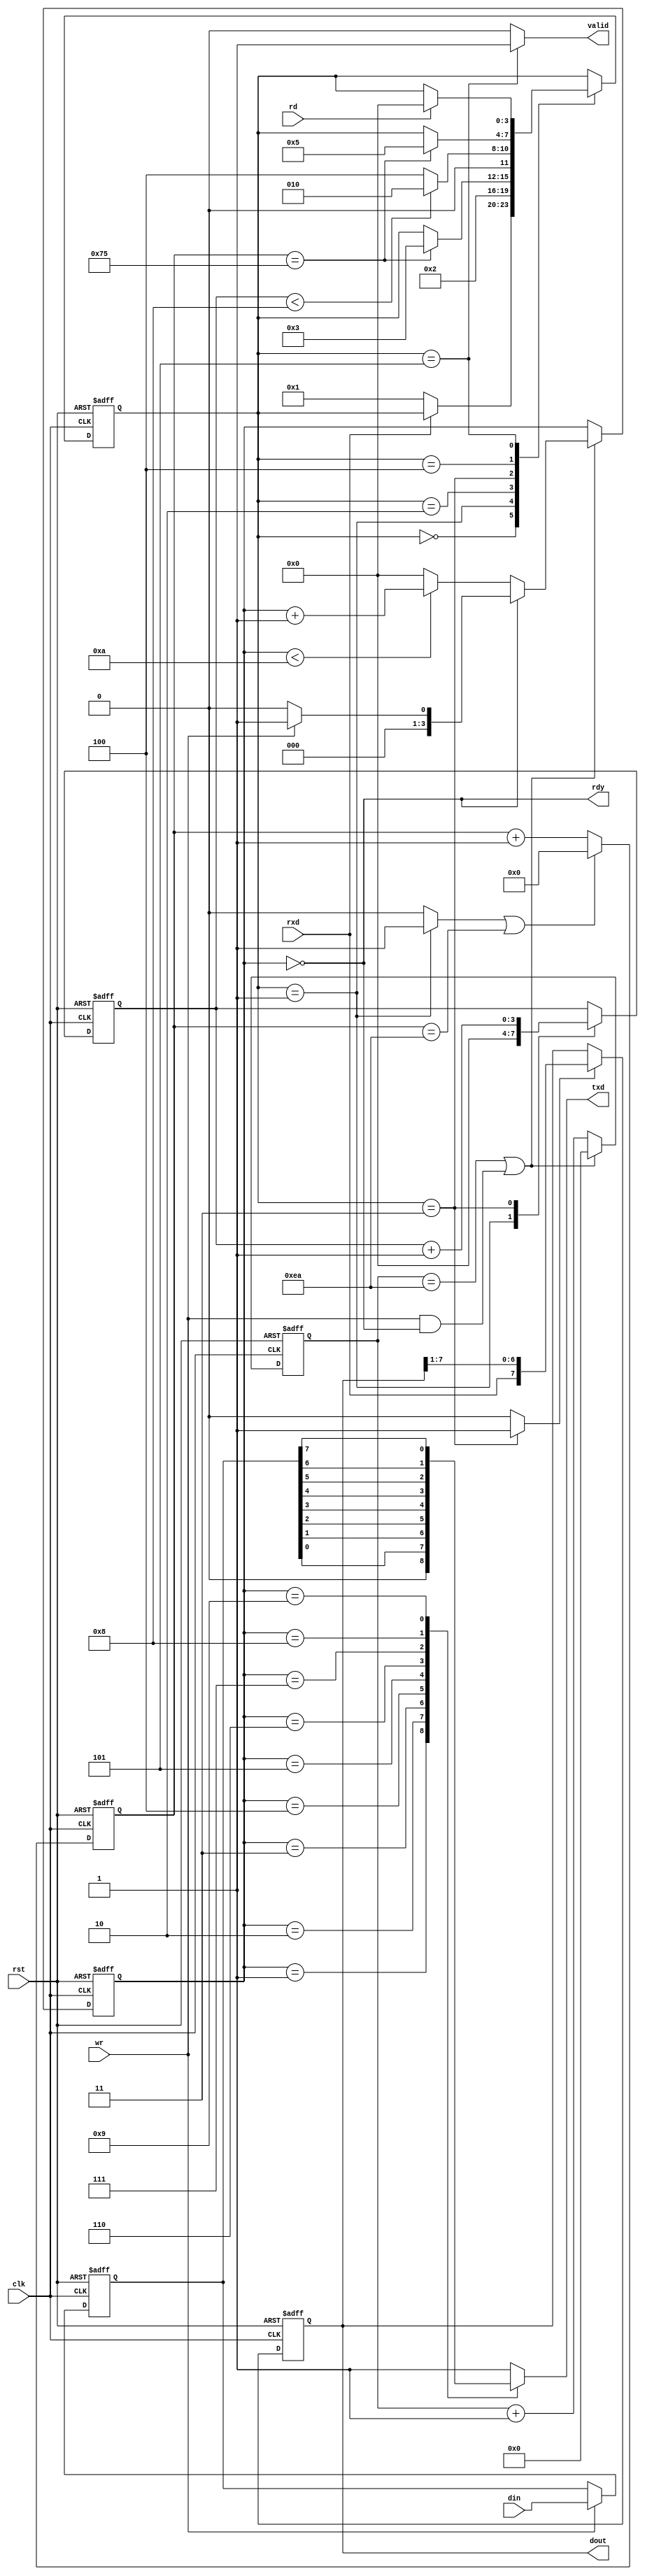
module uart #(parameter div=234)(
    input clk,
    input rst,
	 
    output reg txd,
	 input rxd,
	 
	 input wr,
	 input[7:0] din,
	 output rdy,
	 
	 output reg[7:0] dout,
	 output reg valid,
	 input rd // assert rd when dout is read so that the UART module can start sniffing for the next byte
    );
	
	//parameter div = 234; // 27MHz , 115200 baud , div=234
	
	reg[31:0] count;
	reg[7:0] data; 
	
	always @(posedge clk or posedge rst) begin
		if(rst)	data = 0;
		else if(wr) begin
				data = din;
		end
	end
	
	
	wire tick;
	
	reg[3:0] state,n_state;
	parameter s0 = 0;
	parameter s1 = 1;
	parameter s2 = 2;
	parameter s3 = 3;
	parameter s4 = 4;
	parameter s5 = 5;
	parameter s6 = 6;
	parameter s7 = 7;
	parameter s8 = 8;
	parameter s9 = 9;
	
	
	
	
	always @(posedge clk or posedge rst) begin
		if(rst)	begin
			count <= 0;
		end
		else	begin
			if(tick)	count <= 0;
			else	count <= count + 1;
		end
	end
	assign tick = (count == div) | (wr & (state==0));
	
	
	always @(posedge clk or posedge rst) begin
		if(rst)	state <= 0;
		else if(tick) state <= n_state;
	end
	
	always @(state or wr) begin
		if(state == 0) begin
			if(wr)	n_state <= 1;
			else	n_state <= 0;
		end
		else if(state < 10)	n_state <= state + 1;
		else n_state <= 0;
	end
	
	always @(*) begin
		case(state)
			4'h0: txd <= 1;
			4'h1: txd <= 0;
			4'h2: txd <= data[0];
			4'h3: txd <= data[1];
			4'h4: txd <= data[2];
			4'h5: txd <= data[3];
			4'h6: txd <= data[4];
			4'h7: txd <= data[5];
			4'h8: txd <= data[6];
			4'h9: txd <= data[7];
			default: txd <= 1;
		endcase
	end
	
	assign rdy = (state == s0);
	
	
	////////////////////RX Section////////////////////////////
	reg[15:0] rx_baud_count;
	wire rx_tick;
	reg rx_baudgen_rst;
	always @(posedge clk or posedge rst) begin
		if(rst) rx_baud_count <= 0;
		else
			if(rx_baudgen_rst | (rx_baud_count == div))	rx_baud_count <= 0;
			else rx_baud_count <= rx_baud_count + 1;
	end
	assign rx_tick = (rx_baud_count == div/2);
	
	reg rx_shift;
	reg[3:0] rx_bits_rxed,rx_bits_next_rxed;
	reg[3:0] rx_state,rx_next_state;
	always @(posedge clk or posedge rst) begin
		if(rst)
			dout <= 0;
		else
			if(rx_shift)	dout <= { rxd, dout[7:1] };
	end
	
	
	
	reg next_valid;
	
	always @(posedge clk or posedge rst) begin
		if(rst) 
			begin
				rx_state <= 0;
				rx_bits_rxed <= 0;
				
			end
		else
			begin
				rx_bits_rxed <= rx_bits_next_rxed;
				rx_state <= rx_next_state;
				
			end
	end
	
	always @(*) begin
		rx_next_state <= rx_state;
		rx_baudgen_rst <= 0;
		rx_bits_next_rxed <= rx_bits_rxed;
		rx_shift <= 0;
		valid <= 0;
		case(rx_state)
			4'h0: begin
						if(rxd==0)	rx_next_state <= 1;
					end
			4'h1: begin
						rx_baudgen_rst <= 1;
						rx_bits_next_rxed <= 0;
						rx_next_state <= 2;
					end
			4'h2: begin
						if(rx_tick) rx_next_state <= 3;
					end
			4'h3: begin
						rx_shift <= 1;
						rx_bits_next_rxed <= rx_bits_rxed + 1;
						if(rx_bits_rxed < 8)	rx_next_state <= 2;
						else	rx_next_state <= 4;
					end
			4'h4: begin
						if(rx_tick) rx_next_state <= 5;
					end
			4'h5: begin
						valid <= 1;
						if(rd)	rx_next_state <= 0;
					end
			endcase
	end

endmodule